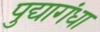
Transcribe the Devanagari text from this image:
पुद्यागंधा